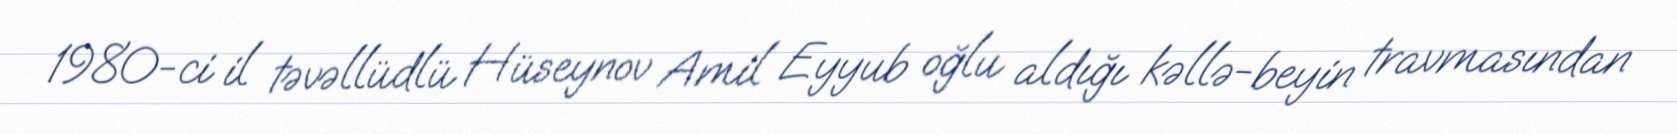
1980-ci il təvəllüdlü Hüseynov Amil Eyyub oğlu aldığı kəllə-beyin travmasından